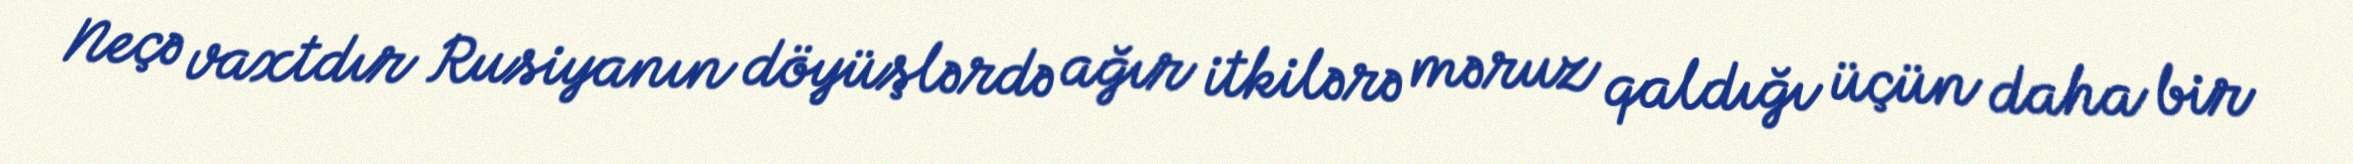
Neçə vaxtdır Rusiyanın döyüşlərdə ağır itkilərə məruz qaldığı üçün daha bir